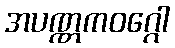
အပဏ္ဏကဝဂ္ဂေါ